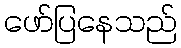
ဖော်ပြနေသည်